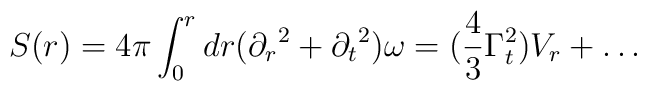
S(r) = 4\pi \int _0^r dr ({\partial_r}^2 + {\partial_t}^2)\omega = \bigl( \frac {4}{3} \Gamma_t^2 \bigl)V_r + \ldots